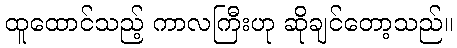
ထူထောင်သည့် ကာလကြီးဟု ဆိုချင်တော့သည်။